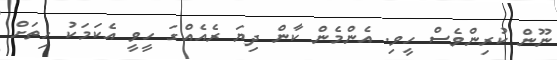
ނޫން ކުރިންވެސް ހީވި. އެންމެން ކާން ދިޔަ ރެއެއްގަ ހީވީ އެކަމަކު ހިތަށް